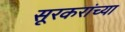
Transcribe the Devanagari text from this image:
सूरकरांच्या